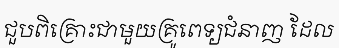
ជួបពិគ្រោះជាមួយគ្រូពេទ្យជំនាញ ដែល